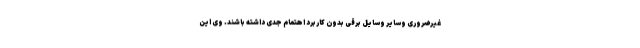
غیرضروری وسایر وسایل برقی بدون کاربرد اهتمام جدی داشته باشند. وی این